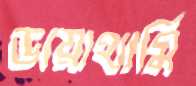
ডায়াথার্মি